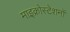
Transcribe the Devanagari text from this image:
माइक्रोस्टेशनों